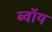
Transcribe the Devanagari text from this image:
ब्‍वॉय